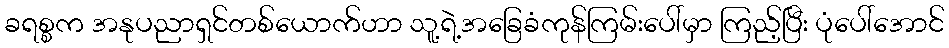
ခရစ္စက အနုပညာရှင်တစ်ယောက်ဟာ သူ့ရဲ့အခြေခံကုန်ကြမ်းပေါ်မှာ ကြည့်ပြီး ပုံပေါ်အောင်